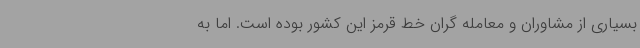
بسیاری از مشاوران و معامله گران خط قرمز این کشور بوده است. اما به